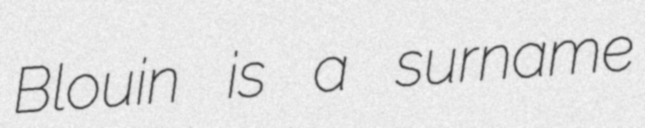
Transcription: Blouin is a surname